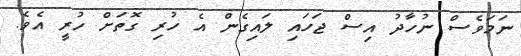
ނަމަވެސް ނުހާދު އިސް ޖަހައި ލައިގެން އެ ހުރި ގޮތަށް ހުރީ އެވެ.